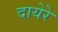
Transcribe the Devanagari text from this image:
दायेरे